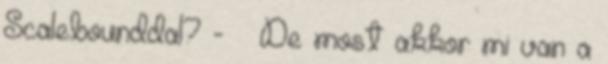
Scalebounddal? - De most akkor mi van a